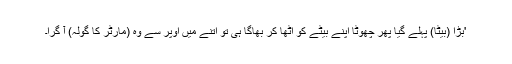
'بڑا (بیٹا) پہلے گیا پھر چھوٹا اپنے بیٹے کو اٹھا کر بھاگا ہی تو اتنے میں اوپر سے وہ (مارٹر کا گولہ) آ گرا۔